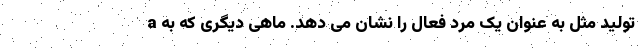
تولید مثل به عنوان یک مرد فعال را نشان می دهد. ماهی دیگری که به a